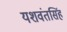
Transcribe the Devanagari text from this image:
यशवंतसिंह